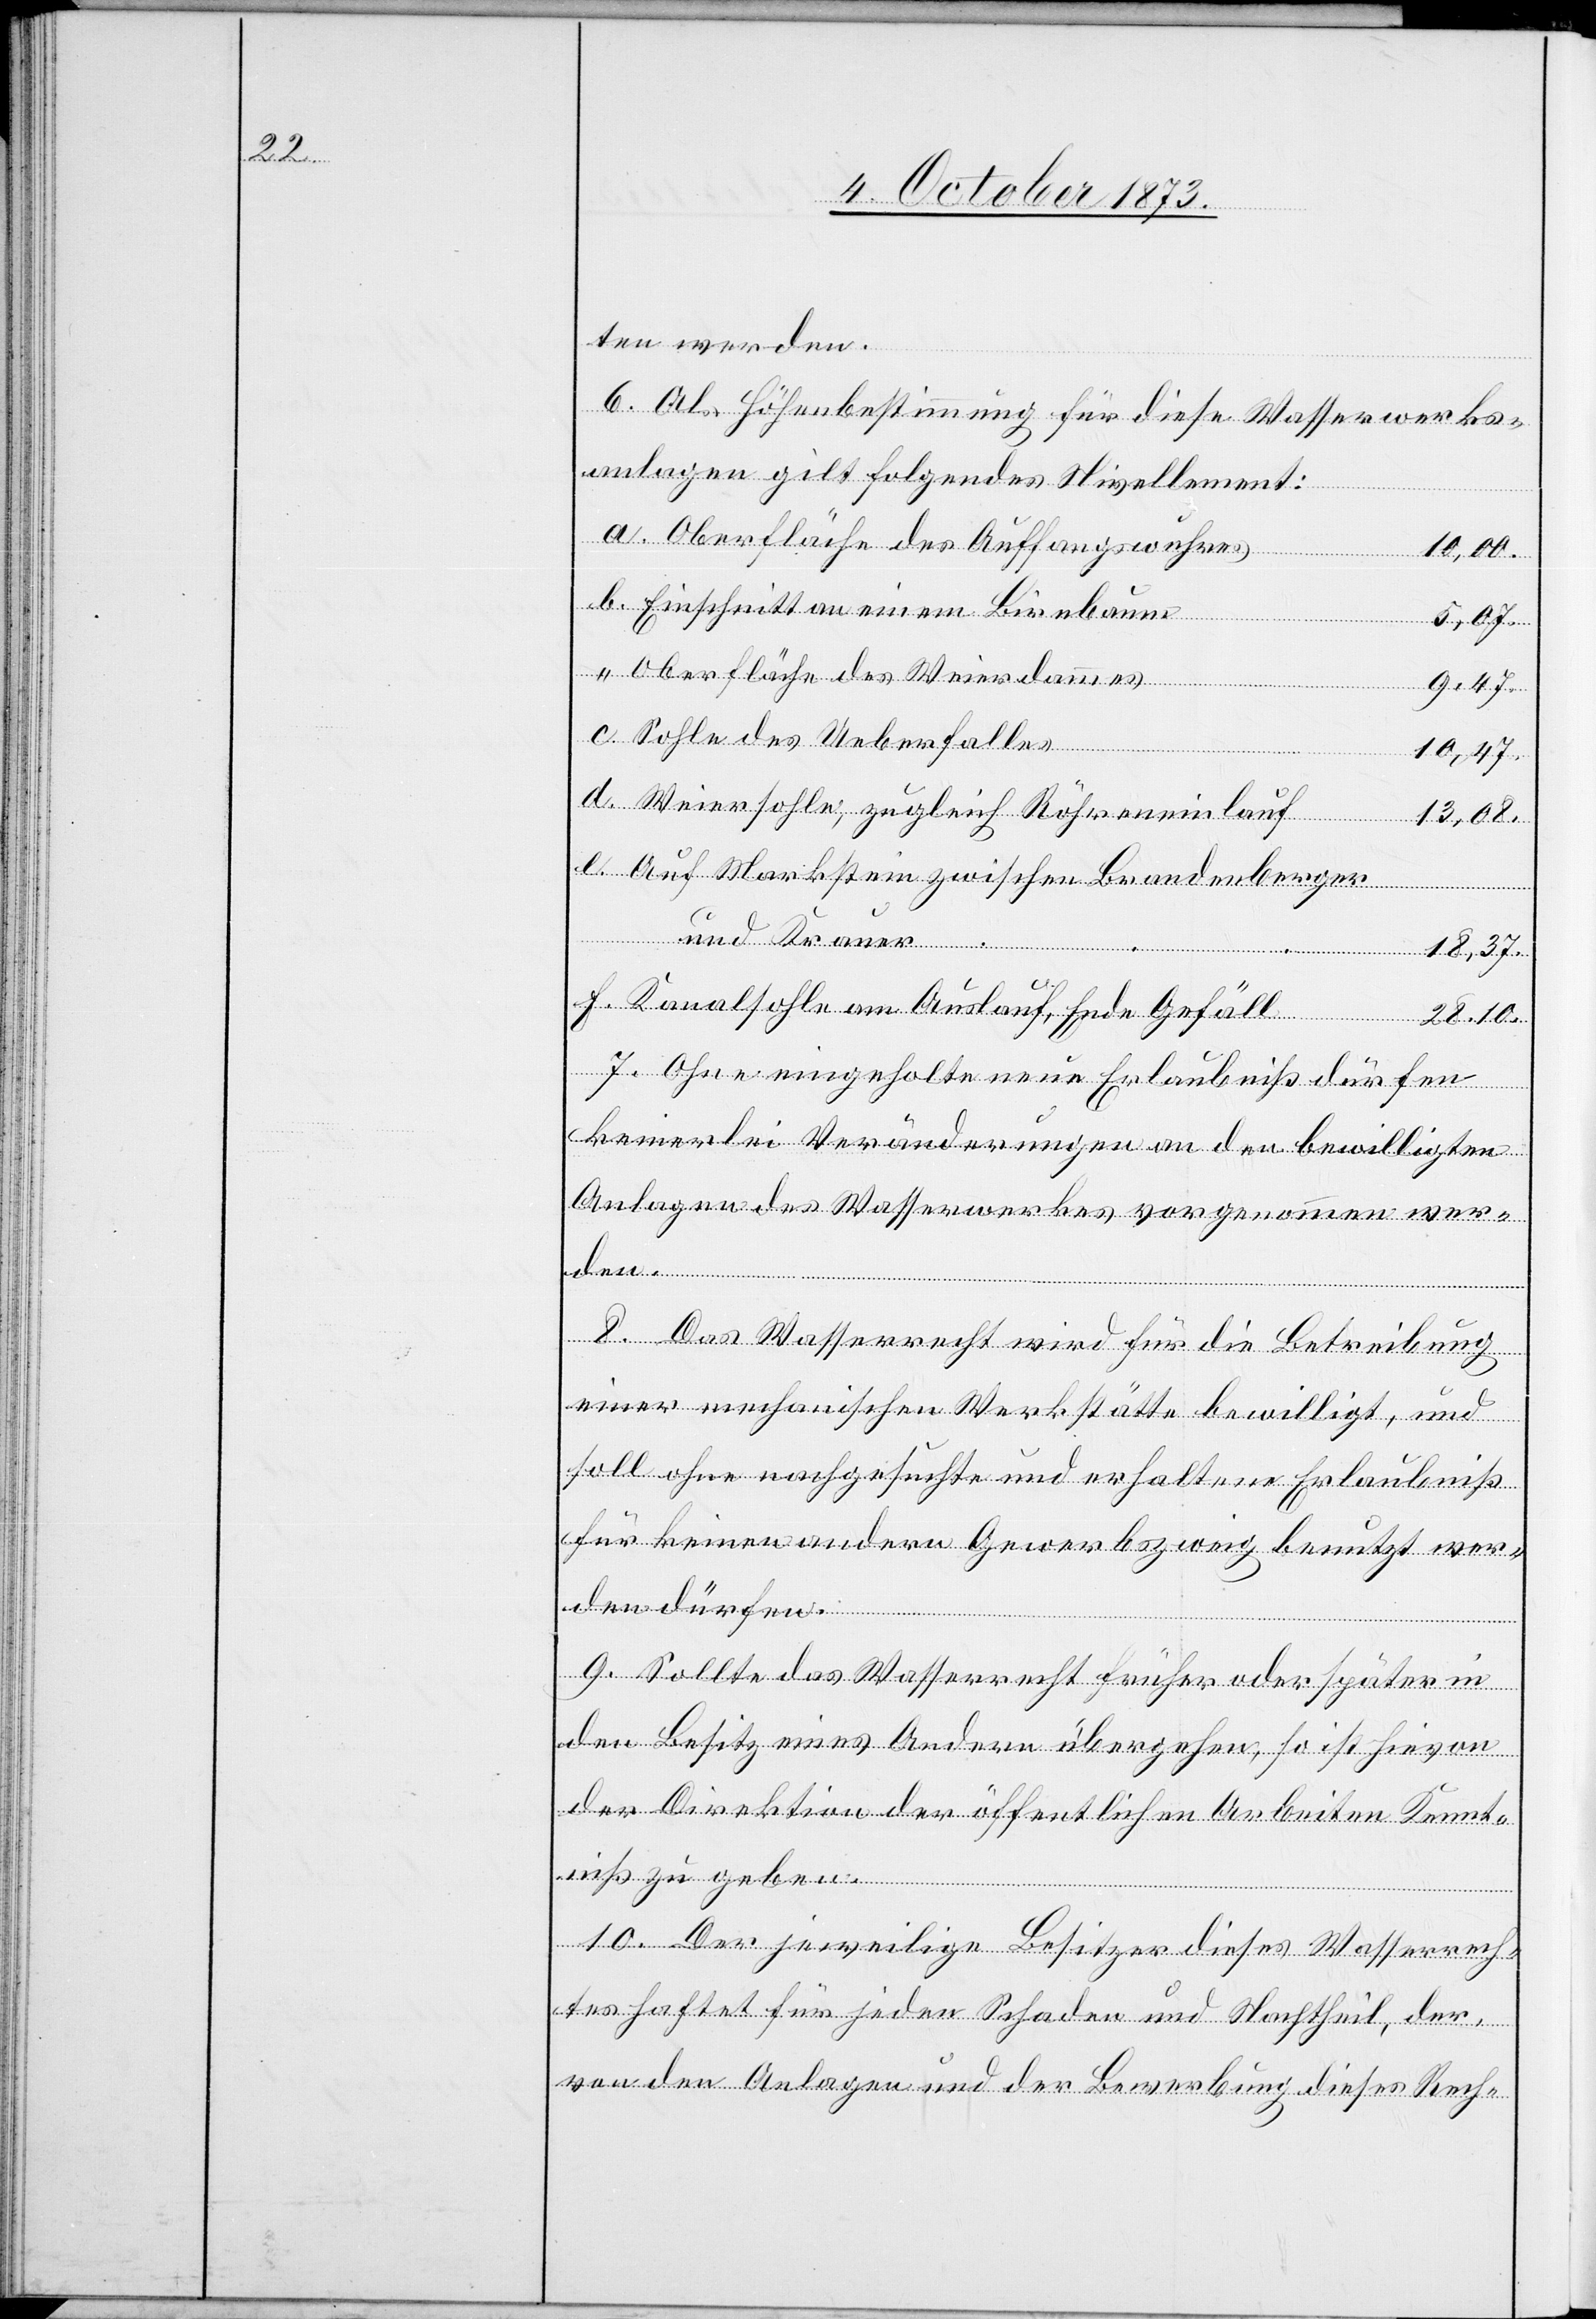
ten werden.
6. Als Höhenbestimmung für diese Wasserwerks¬
anlagen gilt folgendes Nivellement:
Oberfläche des Auffangswuhres
10,00.
Einschnitt an einem Birnbaum
d.
5,07.
Oberfläche des Weierdammes
und Kr¬
9,47.
Sohle des Ueberfalles
10,47.
Weiersohle, zugleich Röhreneinlauf
13,08.
Auf Markstein zwischen Brandenberger
auer
18,37.
Kanalsohle am Auslauf, Ende Gefäll
28,10.
7. Ohne eingeholte neue Erlaubniß dürfen
keinerlei Veränderungen an den bewilligten
Anlagen des Wasserwerkes vorgenommen wer¬
den.
8. Das Wasserrecht wird für die Betreibung
einer mechanischen Werkstätte bewilligt, und
soll ohne nachgesuchte und erhaltene Erlaubniß
für keinen andern Gewerbszweig benutzt wer¬
den dürfen.
9. Sollte das Wasserrecht früher oder später in
den Besitz eines Andern übergehen, so ist hievon
der Direktion der öffentlichen Arbeiten Kennt¬
niß zu geben.
10. Der jeweilige Besitzer dieses Wasserrech¬
tes haftet für jeden Schaden und Nachtheil, der,
von den Anlagen und der Bewerbung dieses Rech-